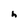
Character: h